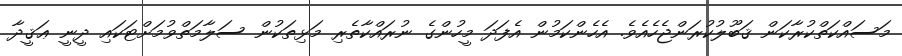
މަސައްކަތްކުރާކަން ޤަބޫލުކުރަންޖެހެއެވެ. އެހެންކަމުން އެފަދަ މީހުންގެ ނުރައްކާތެރި މަޅިތަކުން ސަލާމަތްވުމަށްޓަކައި ދީނީ ޢަޤީދާ